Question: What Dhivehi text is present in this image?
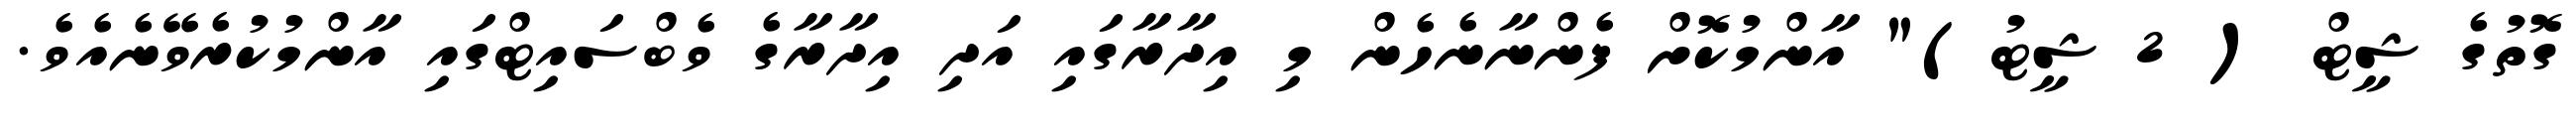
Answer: ގޮތުގެ ޝީޓް ( 2 ޝީޓު)" އާންމުކޮށް ފެންނާނެހެން މި އިދާރާގައި އަދި އިދާރާގެ ވެބްސައިޓްގައި އާންމުކުރެވޭނެއެވެ.